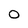
Character: 0